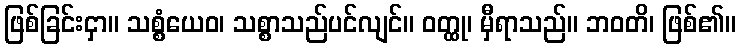
ဖြစ်ခြင်းငှာ။ သစ္စံယေဝ၊ သစ္စာသည်ပင်လျင်။ ဝတ္ထု၊ မှီရာသည်။ ဘဝတိ၊ ဖြစ်၏။